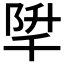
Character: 𨹱